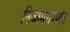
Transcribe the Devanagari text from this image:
निजामराज्यांत